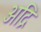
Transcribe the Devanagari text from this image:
अद्रि